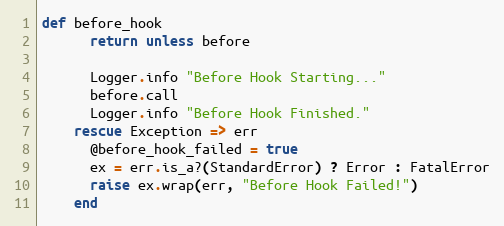
Language: Ruby
def before_hook
      return unless before

      Logger.info "Before Hook Starting..."
      before.call
      Logger.info "Before Hook Finished."
    rescue Exception => err
      @before_hook_failed = true
      ex = err.is_a?(StandardError) ? Error : FatalError
      raise ex.wrap(err, "Before Hook Failed!")
    end